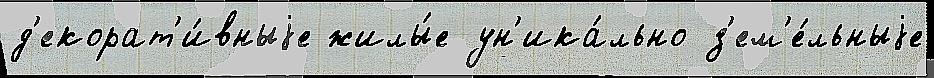
д'екорат'и́вныjе жилы́е ун'ика́льно з'ем'е́льныjе